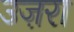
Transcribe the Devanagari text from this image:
उज़रा